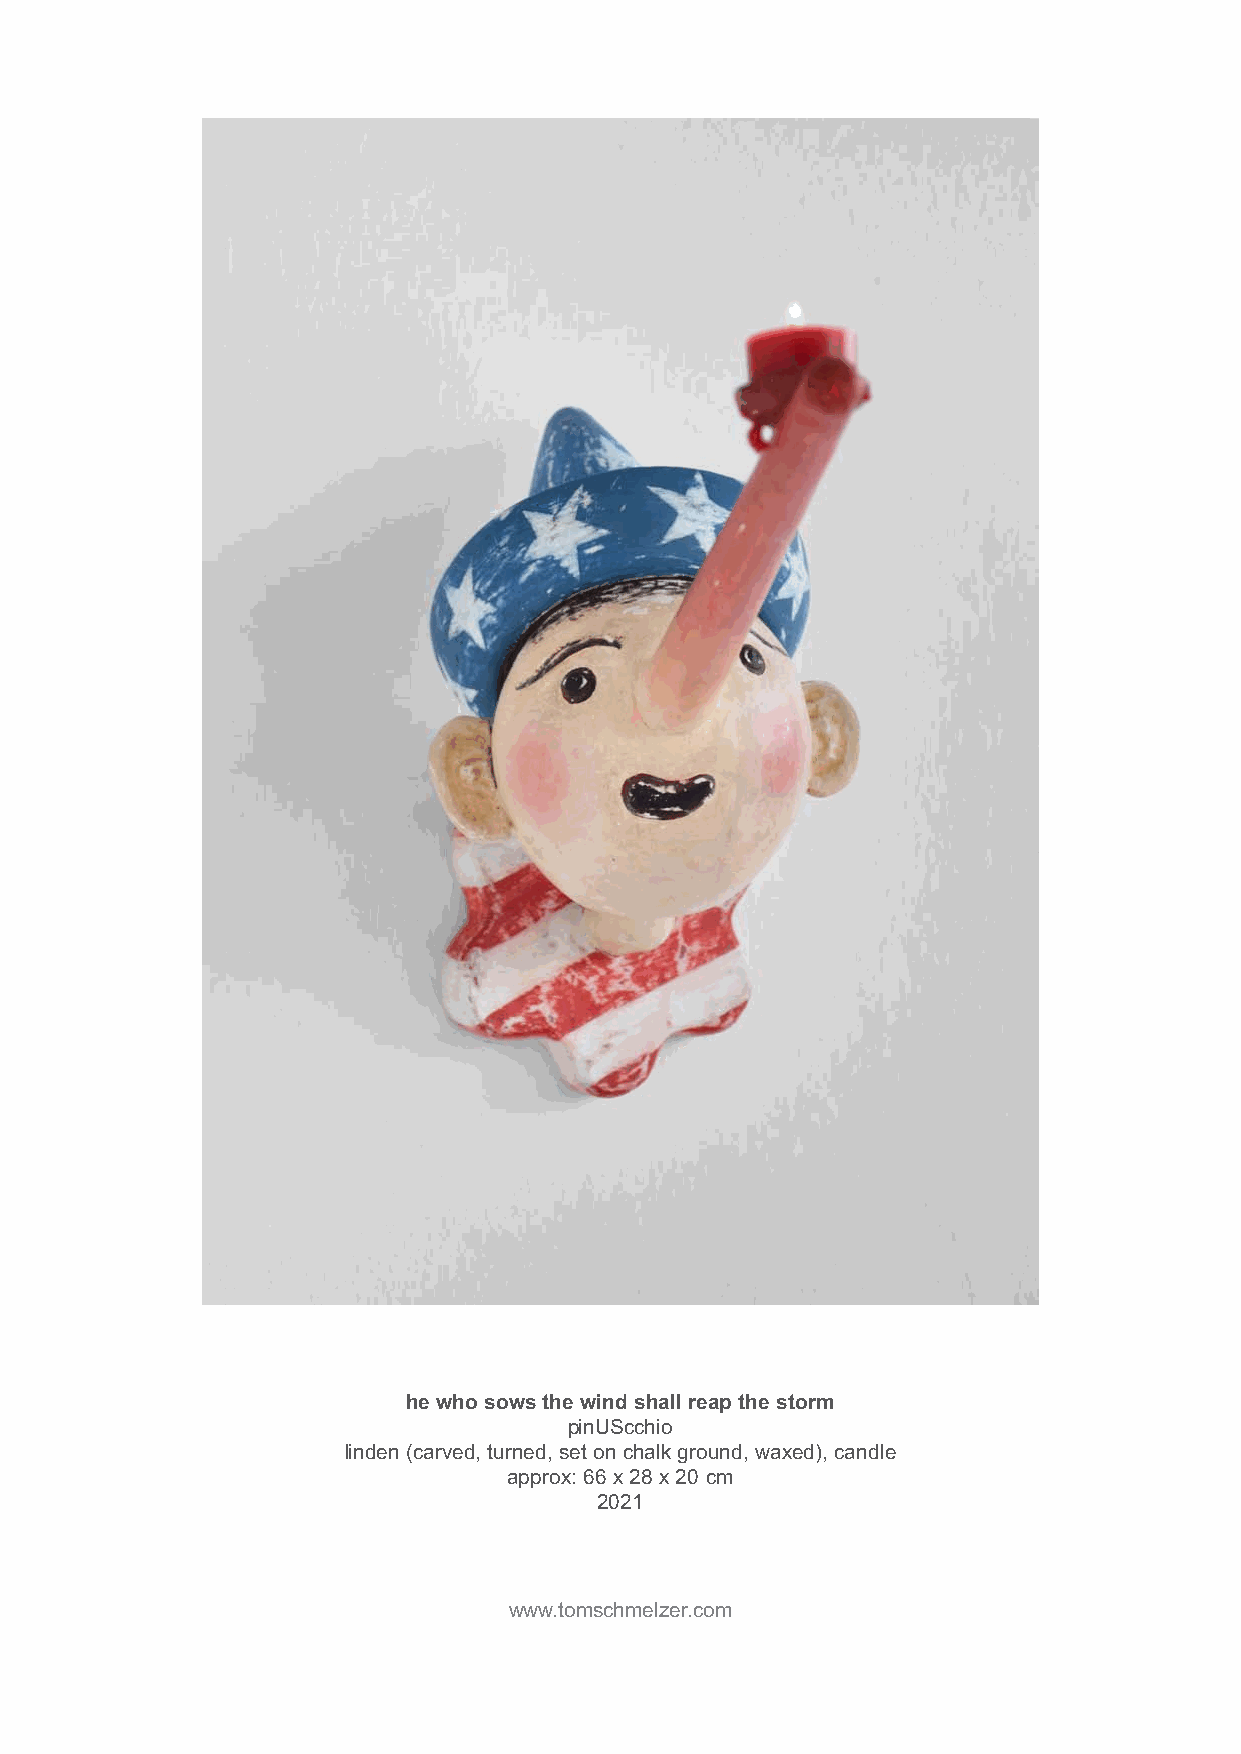
he who sows the wind shall reap the storm
 pinUScchio
 linden (carved, turned, set on chalk ground, waxed), candle
 approx: 66 x 28 x 20 cm
 2021
 www.tomschmelzer.com